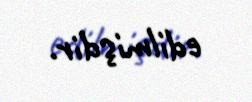
edilmişdir.